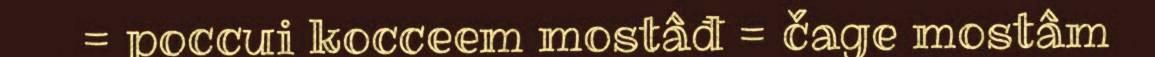
= poccui kocceem mostâđ = čage mostâm